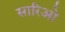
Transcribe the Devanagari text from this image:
सारिओ